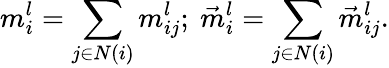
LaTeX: m_{i}^{l}=\sum_{j\in N(i)}m_{ij}^{l};\ \vec{m}_{i}^{l}=\sum_{j\in N(i)}\vec{m}_{ij}^{l}.